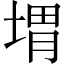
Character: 㙕